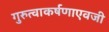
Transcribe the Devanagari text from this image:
गुरुत्वाकर्षणाएवजी